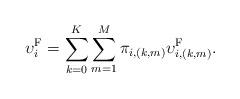
LaTeX: \begin{align*}\upsilon^\textrm{F}_i = \sum\limits_{k=0}^{K}\sum\limits_{m=1}^{M}\pi_{i,(k,m)}\upsilon^\textrm{F}_{i,(k,m)}.\end{align*}